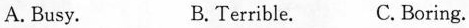
A. Busy. B.Terrible. C.Boring.